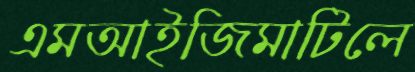
এমআইজিমাটিলে